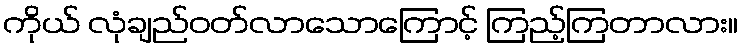
ကိုယ် လုံချည်ဝတ်လာသောကြောင့် ကြည့်ကြတာလား။